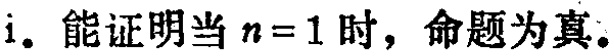
1. 能证明当 \(n = 1\) 时，命题为真。